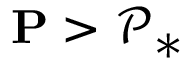
\mathbf { P } > \mathcal { P } _ { * }